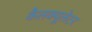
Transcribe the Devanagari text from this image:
कैलक्यूलेटर